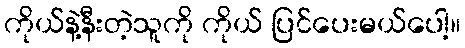
ကိုယ်နဲ့နီးတဲ့သူကို ကိုယ် ပြင်ပေးမယ်ပေါ့။